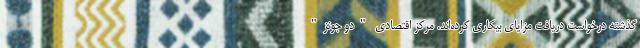
گذشته درخواست دریافت مزایای بیکاری کرده‌اند. مرکز اقتصادی "دو جونز"